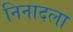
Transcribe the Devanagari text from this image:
निनादला